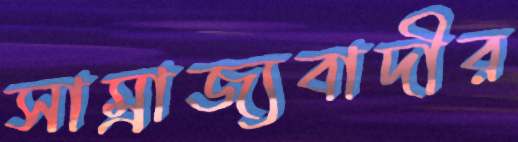
সাম্রাজ্যবাদীর